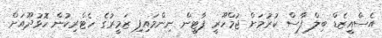
އެސްއީޒެޑް ބިލް ފާސް ކުރުމަށް ޖުމްހޫރީ ޕާޓީން ނިންމައިފި ޒަމީރުގެ ހެޓްރިކުން ހޮޅުދޫއަށް